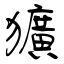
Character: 獷